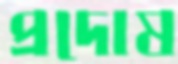
প্রদোষ